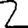
Digit: 2